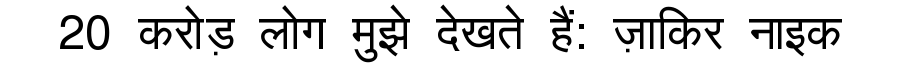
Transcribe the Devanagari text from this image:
20 करोड़ लोग मुझे देखते हैं: ज़ाकिर नाइक